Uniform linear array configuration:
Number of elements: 16
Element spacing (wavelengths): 1
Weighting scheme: hann
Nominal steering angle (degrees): -30
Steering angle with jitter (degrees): -30.91
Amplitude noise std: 0.05
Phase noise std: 0.05

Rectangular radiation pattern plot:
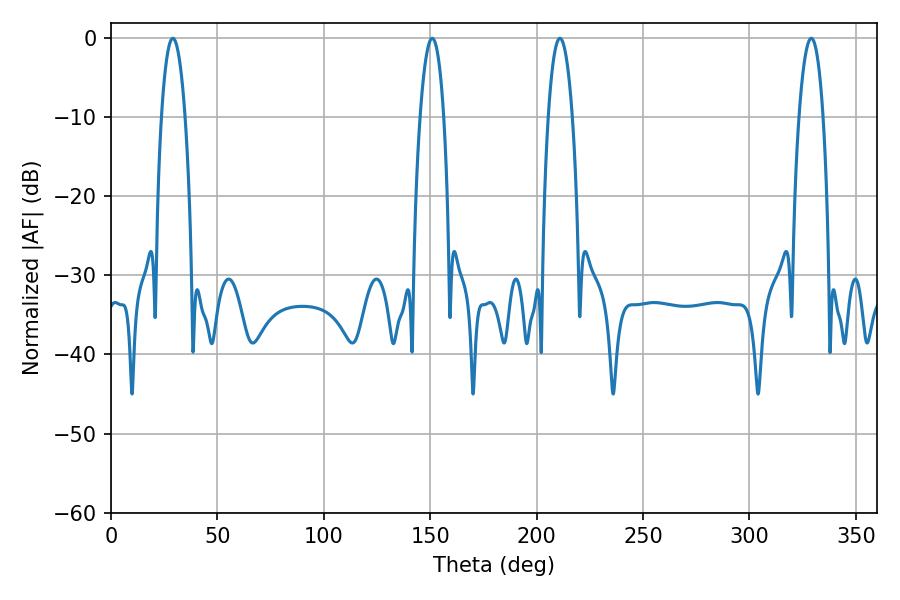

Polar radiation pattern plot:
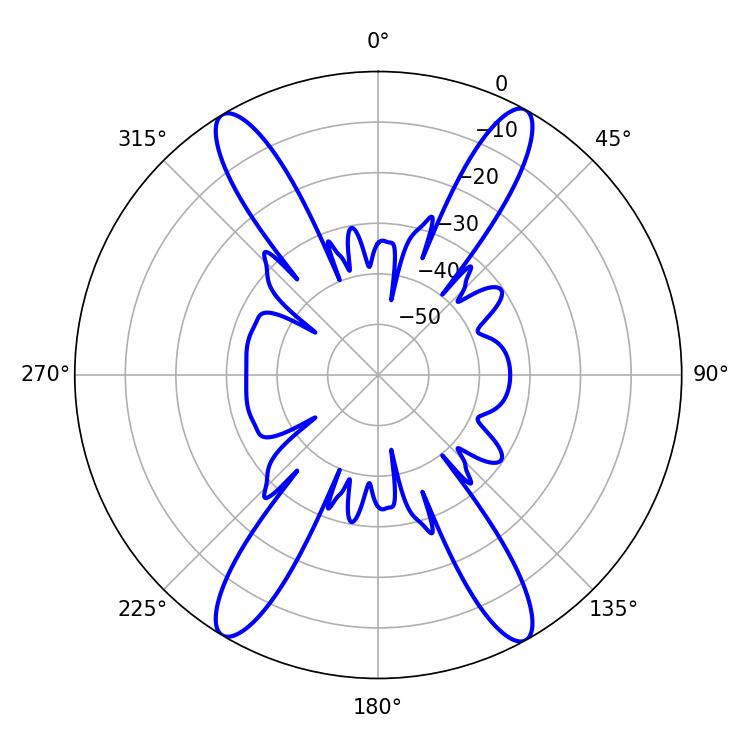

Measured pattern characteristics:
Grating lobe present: TRUE
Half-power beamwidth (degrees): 6.3
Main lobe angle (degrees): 210.96